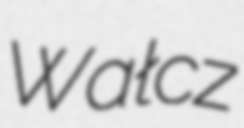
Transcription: Wałcz